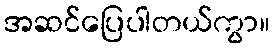
အဆင်ပြေပါတယ်ကွာ။